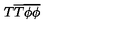
T \overline { { T } } \overline { { \phi } } \overline { { \phi } } \protect